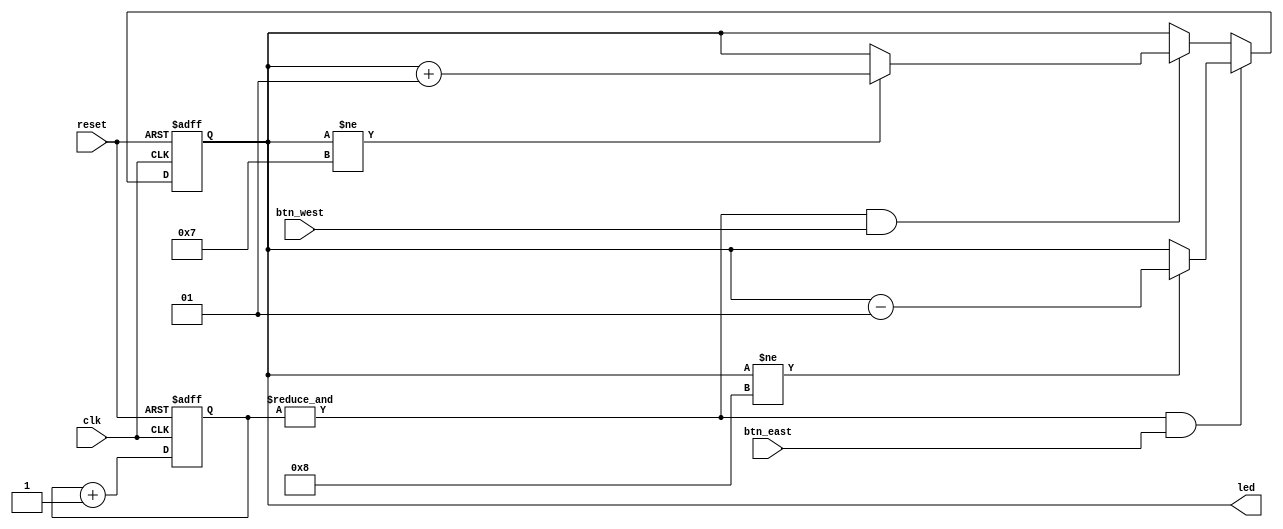
`timescale 1ns / 1ps
//////////////////////////////////////////////////////////////////////////////////
// Company: 
// Engineer: 
// 
// Design Name: 
// Module Name:    lab2hong 
// Project Name: 
// Target Devices: 
// Tool versions: 
// Description: 
//
// Dependencies: 
//
// Revision: 
// Revision 0.01 - File Created
// Additional Comments: 
//
//////////////////////////////////////////////////////////////////////////////////
module lab2hong(
    input clk,
    input reset,
    input btn_east,
    input btn_west,
    output  [7:0] led
    );
reg [22:0] counter;
reg signed [7:0] temp;
wire debounce;
assign led = temp;
always @(posedge clk,posedge reset)
begin 
	if(reset)
		counter <=0;
	else 
		counter<=counter+1;
end

assign debounce = &counter ;//all 1--> debounce
always @(posedge clk,posedge reset)
begin 
		if(reset)
			temp<=0;
		else if(debounce && btn_east)
			begin
			if(temp != -8)
			temp<=temp-1;
			else
			temp <= temp;
			end
		else if(debounce && btn_west)
			begin
			if(temp != 7)
			temp<=temp+1;
			else
			temp <= temp;
			end
end			
endmodule